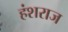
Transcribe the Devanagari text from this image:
हंशराज